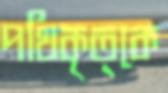
পথিকৃত্কে